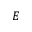
E